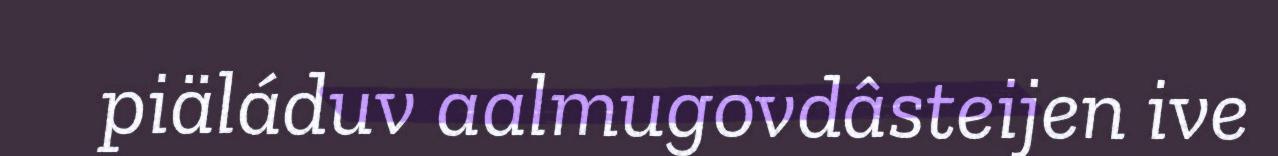
piäláduv aalmugovdâsteijen ive